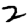
Digit: 2